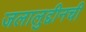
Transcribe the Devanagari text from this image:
जलालुद्दीनची